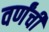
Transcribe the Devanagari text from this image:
वर्णंची